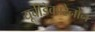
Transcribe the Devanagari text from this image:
यूबीडेकारेनोन